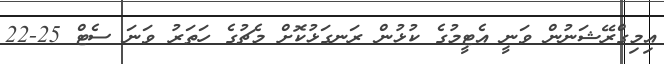
އިމިގްރޭޝަނުން ވަނީ އެޓީމުގެ ކުޅުން ރަނގަޅުކޮށް މެޗުގެ ހަތަރު ވަނަ ސެޓް 25-22